Civil Veterinary Department Bihar & Orissa reports 1911-21 - 1911-1921
Year: 1911
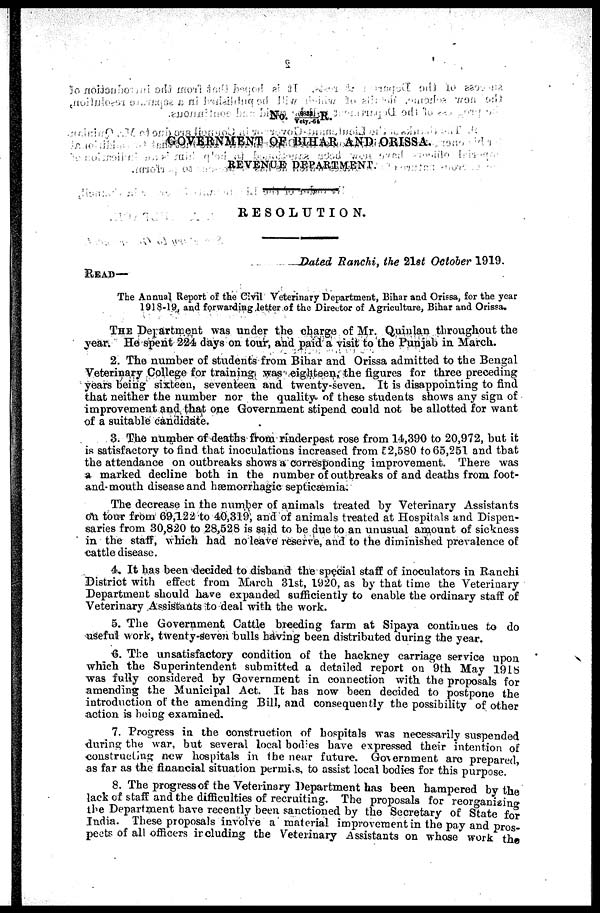
GOVERNMENT OF BIHAR AND ORISSA.
REVENUE DEPARTMENT.
RESOLUTION.
Dated Ranchi, the 21st October 1919.
READ —
The Annual Report of the Civil Veterinary Department, Bihar and Orissa, for the year
1918-19, and forwarding letter of the Director of Agriculture, Bihar and Orissa.
THE Department was under the charge of Mr. Quinlan throughout the
year. He spent 224 days on tour, and paid a visit to the Punjab in March.
2. The number of students from Bihar and Orissa admitted to the Bengal
Veterinary College for training was eighteen, the figures for three preceding
years being sixteen, seventeen and twenty-seven. It is disappointing to find
that neither the number nor the quality of these students shows any sign of
improvement and that one Government stipend could not be allotted for want
of a suitable candidate.
3. The number of deaths from rinderpest rose from 14,390 to 20,972, but it
is satisfactory to find that inoculations increased from 52,580 to 65,251 and that
the attendance on outbreaks shows a corresponding improvement. There was
a marked decline both in the number of outbreaks of and deaths from foot-
and mouth disease and hæmorrhagic septicæmia.
The decrease in the number of animals treated by Veterinary Assistants
on tour from 69,122 to 40,319, and of animals treated at Hospitals and Dispen-
saries from 30,820 to 28,528 is said to be due to an unusual amount of sickness
in the staff, which had no leave reserve, and to the diminished prevalence of
cattle disease.
4. It has been decided to disband the special staff of inoculators in Ranchi
District with effect from March 31st, 1920, as by that time the Veterinary
Department should have expanded sufficiently to enable the ordinary staff of
Veterinary Assistants to deal with the work.
5. The Government Cattle breeding farm at Sipaya continues to do
useful work, twenty-seven bulls having been distributed during the year.
6. The unsatisfactory condition of the hackney carriage service upon
which the Superintendent submitted a detailed report on 9th May 1918
was fully considered by Government in connection with the proposals for
amending the Municipal Act. It has now been decided to postpone the
introduction of the amending Bill, and consequently the possibility of other
action is being examined.
7. Progress in the construction of hospitals was necessarily suspended
during the war, but several local bodies have expressed their intention of
constructing new hospitals in the near future. Government arc prepared,
as far as the financial situation permiss, to assist local bodies for this purpose.
8. The progress of the Veterinary Department has been hampered by the
lack of staff and the difficulties of recruiting. The proposals for reorganizing
the Department have recently been sanctioned by the Secretary of State for
India. These proposals involve a material improvement in the pay and pros-
pects of all officers including the Veterinary Assistants on whose work the